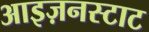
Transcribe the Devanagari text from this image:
आइज़नस्टाट